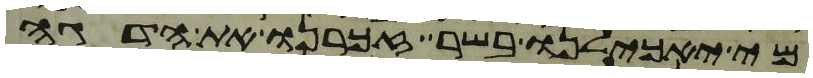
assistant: מי יאכילנו בשר זכרנו את הדגה